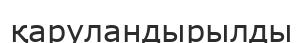
қаруландырылды